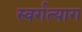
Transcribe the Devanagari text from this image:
स्वर्गत्याग